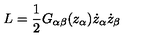
L = \frac { 1 } { 2 } G _ { \alpha \beta } ( z _ { \alpha } ) \dot { z } _ { \alpha } \dot { z } _ { \beta }